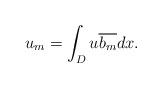
LaTeX: \begin{align*} u_m = \int_D u\overline{b_m}dx.\end{align*}